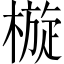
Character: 㯀